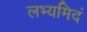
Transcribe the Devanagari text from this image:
लभ्यमिदं